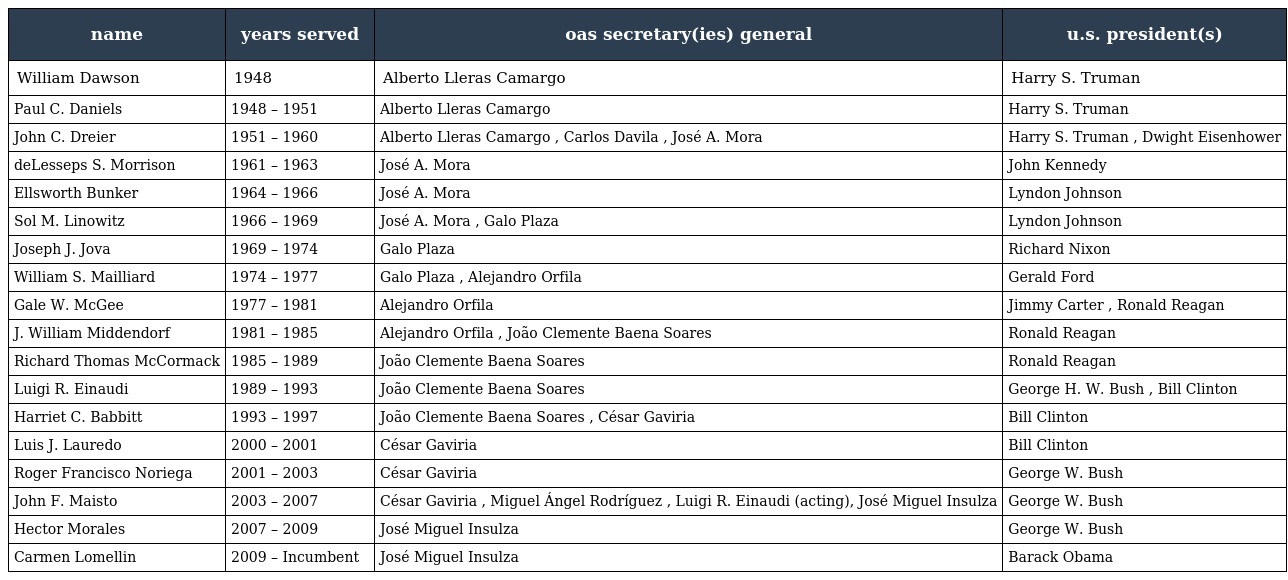
| name | years served | oas secretary(ies) general | u.s. president(s) |
 | --- | --- | --- | --- |
 | William Dawson | 1948 | Alberto Lleras Camargo | Harry S. Truman |
 | Paul C. Daniels | 1948 – 1951 | Alberto Lleras Camargo | Harry S. Truman |
 | John C. Dreier | 1951 – 1960 | Alberto Lleras Camargo , Carlos Davila , José A. Mora | Harry S. Truman , Dwight Eisenhower |
 | deLesseps S. Morrison | 1961 – 1963 | José A. Mora | John Kennedy |
 | Ellsworth Bunker | 1964 – 1966 | José A. Mora | Lyndon Johnson |
 | Sol M. Linowitz | 1966 – 1969 | José A. Mora , Galo Plaza | Lyndon Johnson |
 | Joseph J. Jova | 1969 – 1974 | Galo Plaza | Richard Nixon |
 | William S. Mailliard | 1974 – 1977 | Galo Plaza , Alejandro Orfila | Gerald Ford |
 | Gale W. McGee | 1977 – 1981 | Alejandro Orfila | Jimmy Carter , Ronald Reagan |
 | J. William Middendorf | 1981 – 1985 | Alejandro Orfila , João Clemente Baena Soares | Ronald Reagan |
 | Richard Thomas McCormack | 1985 – 1989 | João Clemente Baena Soares | Ronald Reagan |
 | Luigi R. Einaudi | 1989 – 1993 | João Clemente Baena Soares | George H. W. Bush , Bill Clinton |
 | Harriet C. Babbitt | 1993 – 1997 | João Clemente Baena Soares , César Gaviria | Bill Clinton |
 | Luis J. Lauredo | 2000 – 2001 | César Gaviria | Bill Clinton |
 | Roger Francisco Noriega | 2001 – 2003 | César Gaviria | George W. Bush |
 | John F. Maisto | 2003 – 2007 | César Gaviria , Miguel Ángel Rodríguez , Luigi R. Einaudi (acting), José Miguel Insulza | George W. Bush |
 | Hector Morales | 2007 – 2009 | José Miguel Insulza | George W. Bush |
 | Carmen Lomellin | 2009 – Incumbent | José Miguel Insulza | Barack Obama |